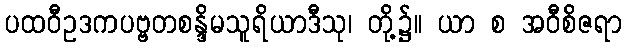
ပထဝီဥဒကပဗ္ဗတစန္ဒိမသူရိယာဒီသု၊ တို့၌။ ယာ စ အဝီစိဇရာ